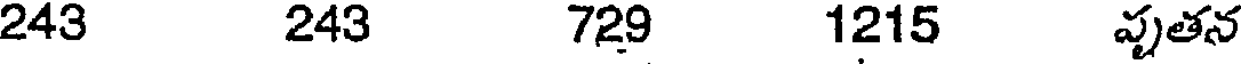
243 243 729 1215 వుతన